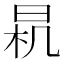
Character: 𣌯